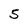
Character: 5